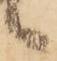
候